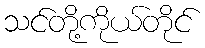
သင်တို့ကိုယ်တိုင်